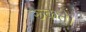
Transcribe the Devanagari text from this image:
रूकते।